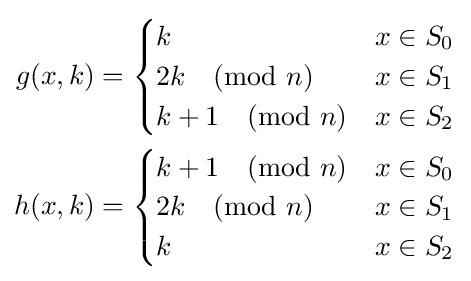
{\begin{aligned}g(x,k)&={\begin{cases}k&x\in S_{0}\\2k{\pmod {n}}&x\in S_{1}\\k+1{\pmod {n}}&x\in S_{2}\end{cases}}\\h(x,k)&={\begin{cases}k+1{\pmod {n}}&x\in S_{0}\\2k{\pmod {n}}&x\in S_{1}\\k&x\in S_{2}\end{cases}}\end{aligned}}